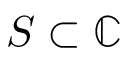
S \subset \mathbb { C }